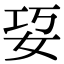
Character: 㚽